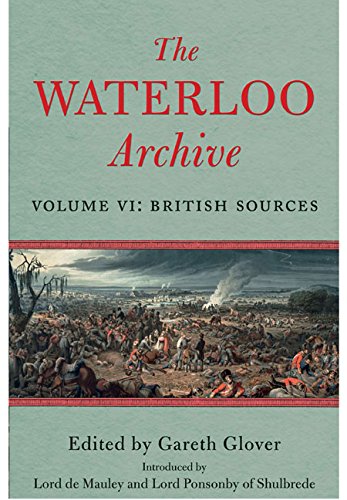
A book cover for The Waterloo Archive: Volume VI: British Sources; Gareth Glover; History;